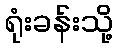
ရုံးခန်းသို့